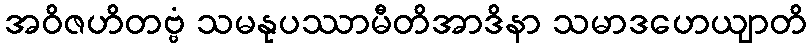
အဝိဇဟိတဗ္ဗံ သမနုပဿာမီတိအာဒိနာ သမာဒဟေယျာတိ